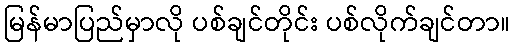
မြန်မာပြည်မှာလို ပစ်ချင်တိုင်း ပစ်လိုက်ချင်တာ။